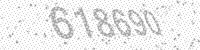
Solution: 618690